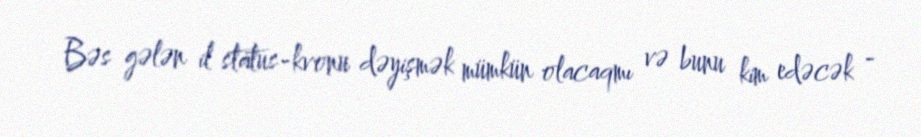
Bəs gələn il status-kvonu dəyişmək mümkün olacaqmı və bunu kim edəcək -